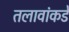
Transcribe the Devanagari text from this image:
तलावांकडे